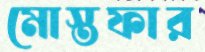
মোস্তফার